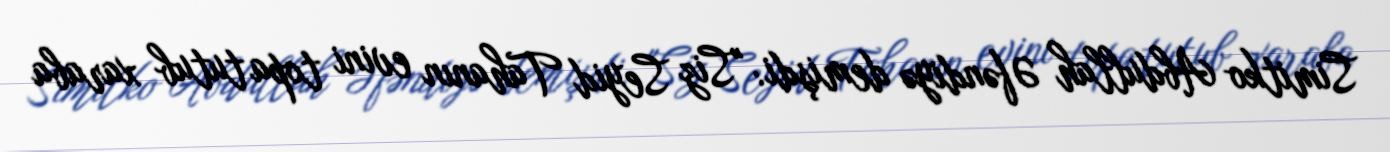
Simitko Abdullah Əfəndiyə demişdi: "Siz Seyid Tahanın evini topa tutub xaraba